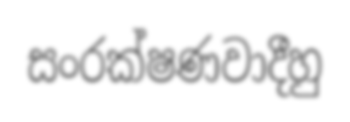
සංරක්ෂණවාදීහු